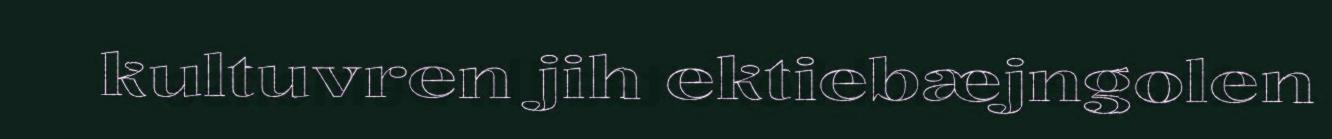
kultuvren jih ektiebæjngolen